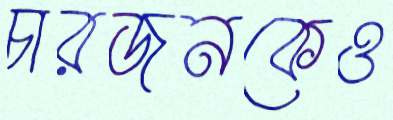
চারজনকেও